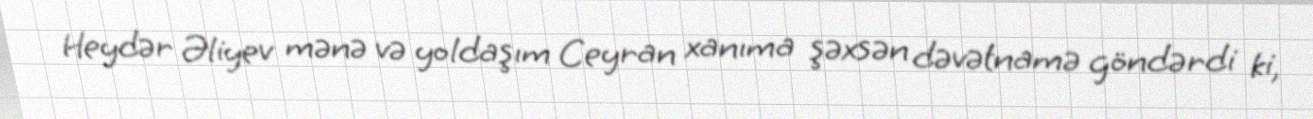
Heydər Əliyev mənə və yoldaşım Ceyran xanıma şəxsən dəvətnamə göndərdi ki,